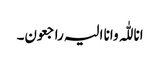
انا للّٰہ وانا الیہ راجعون۔